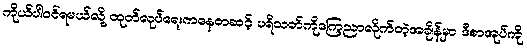
ကိုယ်ပါဝင်ရမယ်လို့ ထုတ်လုပ်ရေးကနေတဆင့် ပရိသတ်ကိုကြေညာလိုက်တဲ့အချိန်မှာ ဒီစာအုပ်ကို